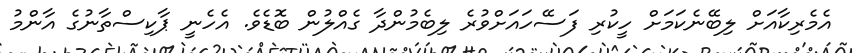
އެމެރިކާއަށް ލިބޭނެކަމަށް ހީކުރި ފަސޭހައަށްވުރެ ލިބެމުންދާ ގެއްލުން ބޮޑެވެ. އެހެނީ ޕާކިސްތާނުގެ އާންމު